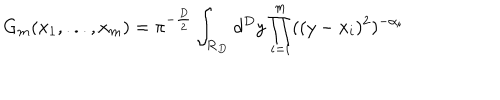
G _ { m } ( x _ { 1 } , . . . , x _ { m } ) = \pi ^ { - \frac { D } { 2 } } \int _ { \bf { R } _ { D } } d ^ { D } y \prod _ { i = i } ^ { m } ( ( y - x _ { i } ) ^ { 2 } ) ^ { - \alpha _ { i } }